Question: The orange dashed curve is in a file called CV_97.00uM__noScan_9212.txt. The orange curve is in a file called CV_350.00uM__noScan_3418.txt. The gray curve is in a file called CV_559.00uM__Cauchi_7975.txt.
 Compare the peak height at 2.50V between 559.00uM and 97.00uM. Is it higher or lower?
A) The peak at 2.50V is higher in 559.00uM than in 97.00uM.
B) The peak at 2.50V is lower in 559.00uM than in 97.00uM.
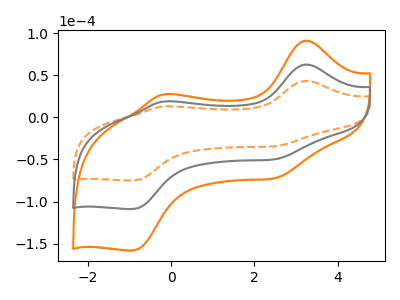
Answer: <think>The orange dashed curve "97.00uM" has anodic peaks at (3.20V, 43.20uA) (-0.15V, 12.95uA) and cathodic peaks at (2.50V, -34.25uA) (-0.90V, -74.95uA). The orange curve "350.00uM" has anodic peaks at (3.20V, 125.35uA) (-0.15V, 37.65uA) and cathodic peaks at (2.50V, -99.45uA) (-0.90V, -217.65uA). The gray curve "559.00uM" has anodic peaks at (3.20V, 62.70uA) (-0.15V, 18.80uA) and cathodic peaks at (2.50V, -49.75uA) (-0.90V, -108.85uA).</think>
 <answer>A) The peak at 2.50V is higher in "559.00uM" than in "97.00uM".</answer>
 <eval>A</eval>